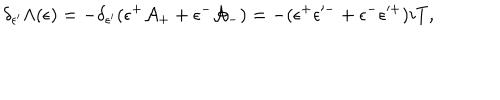
\delta _ { \epsilon ^ { \prime } } \Lambda ( \epsilon ) = - \delta _ { \epsilon ^ { \prime } } ( \epsilon ^ { + } \mathcal { A } _ { + } + \epsilon ^ { - } \mathcal { A } _ { - } ) = - ( \epsilon ^ { + } \epsilon ^ { \prime - } + \epsilon ^ { - } \epsilon ^ { \prime + } ) i T ,